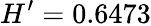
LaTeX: H^{\prime}=0.6473